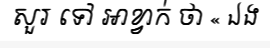
សួរ ទៅ អាខ្វាក់ ថា « ឯង